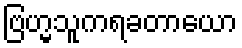
ဗြဟ္မသူကရခတာယော